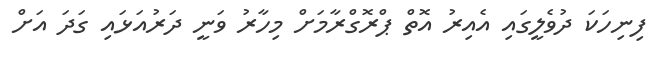
ފިނިހަކަ ދުވެލީގައި އެއިރު އޮތް ޕްރޮގްރާމަށް މިހާރު ވަނީ ދަރުއަޅައި ގަދަ އަށް